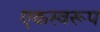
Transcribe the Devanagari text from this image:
एकस्वरूप